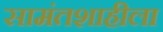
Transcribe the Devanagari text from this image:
सामंतशाहीला